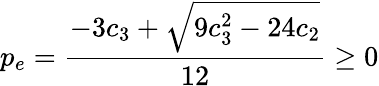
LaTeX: p_{e}=\frac{-3c_{3}+\sqrt{9c_{3}^{2}-24c_{2}}}{12}\ge 0